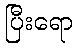
ပြီးရော